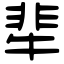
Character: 㹃